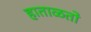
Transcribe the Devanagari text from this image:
हाताळतो